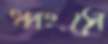
ধ্বংসে